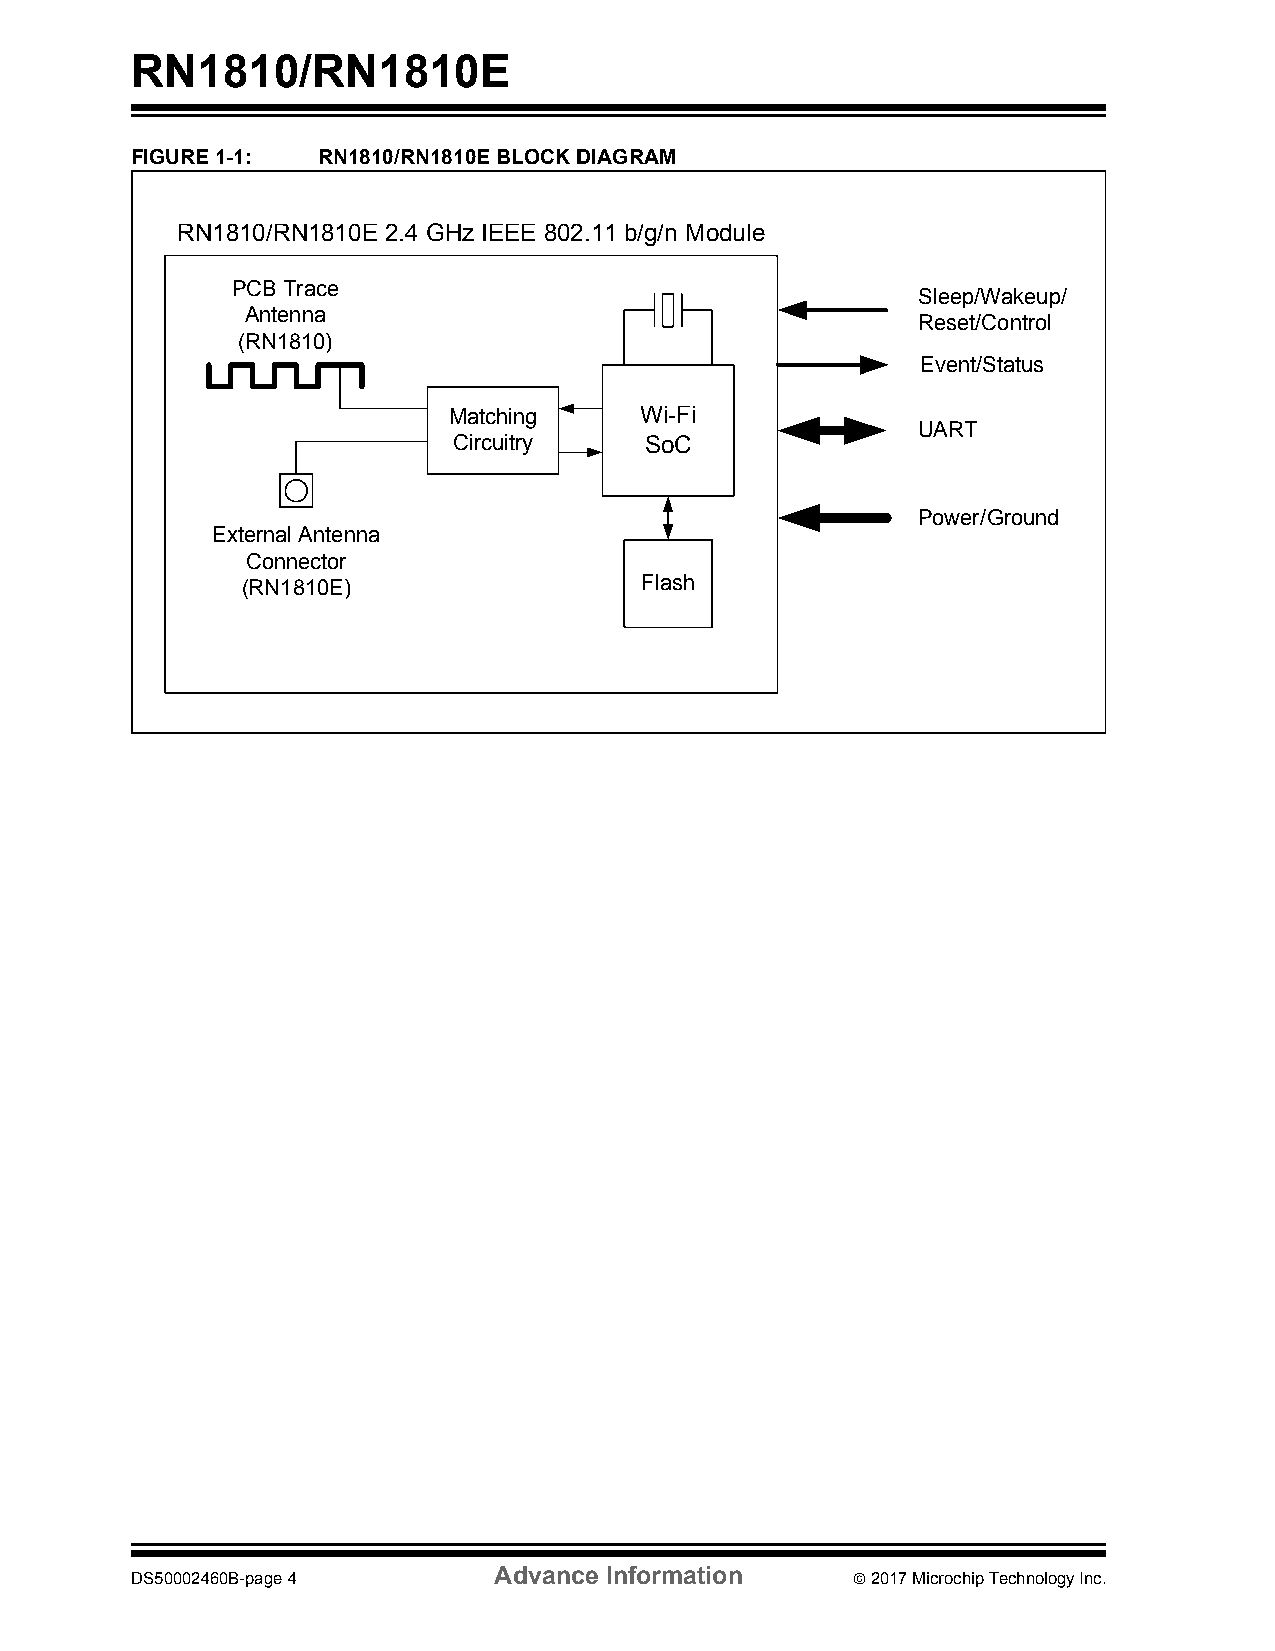
RN1810/RN1810E
 FIGURE 1-1: RN1810/RN1810E BLOCK DIAGRAM
 RN1810/RN1810E 2.4 GHz IEEE 802.11 b/g/n Module
 PCB Trace
 Sleep/Wakeup/
 Antenna
 Reset/Control
 (RN1810)
 Event/Status
 Matching    Wi-Fi
 UART
 Circuitry    SoC
 Power/Ground
 External Antenna
 Connector
 (RN1810E)                 Flash
 Advance Information
 DS50002460B-page 4                              2017 Microchip Technology Inc.